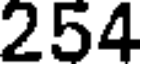
254